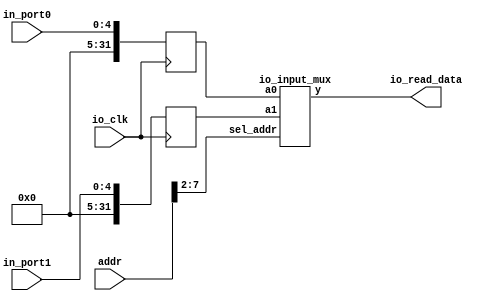
module io_input(addr, io_clk, io_read_data,
				in_port0, in_port1 );
	input 	[31:0] 	addr;
	input 			io_clk;
	input 	[4:0] 	in_port0,in_port1;

	output 	[31:0] 	io_read_data;
	
	// input port
	reg 	[31:0] 	in_reg0;   
	reg 	[31:0] 	in_reg1;
	
	// choose port according to addr
	io_input_mux io_imput_mux2x32(in_reg0,in_reg1,addr[7:2],io_read_data);
	
	always @(posedge io_clk)
	begin
		//  io_clk  
		in_reg0 <= in_port0;
		in_reg1 <= in_port1;
	end
endmodule

module io_input_mux(a0,a1,sel_addr,y);
	input 	[31:0]	a0,a1;
	input 	[ 5:0]	sel_addr;
	output 	[31:0]	y;
	reg 	[31:0] 	y;
	always @ *
		case (sel_addr)
			6'b100000: y = a0;
			6'b100001: y = a1;
			// more ports
		endcase
endmodule